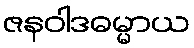
ဇနဝါဒဓမ္မာယ